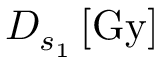
D _ { s _ { 1 } } \, [ \mathrm { G y } ]